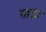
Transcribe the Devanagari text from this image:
साइंड